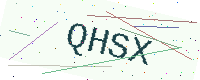
Text: QHSX